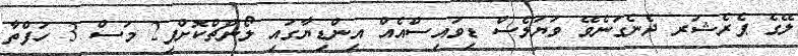
ލޭގެ ޕެރެޝަރ ދެނެގަނެވޭ ވަޔަލެސް ޑިވައިސްއެއް އިންޑިޔާގައި ލޯންޗްކޮށްފި2 މަސް 3 ހަފްތާ